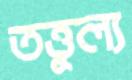
তত্তুল্য